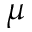
\mu